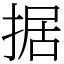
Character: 据